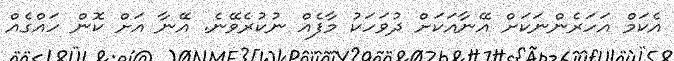
އެކަމް އަހަރެންނަކަށް އޭނާއަކަށް ދުވަހަކު މާފެއް ނުކުރެވޭނެ. އޭނާ އަށް ކޮން ހައްގެއް